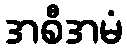
အစီအမံ